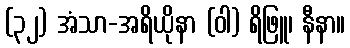
(၃၂) အံသာ-အရိယိုနာ (ဝါ) ရိဖြူ၊ နီနာ။